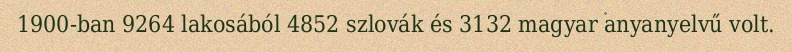
1900-ban 9264 lakosából 4852 szlovák és 3132 magyar anyanyelvű volt.